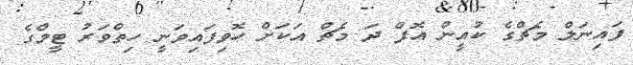
ފައިނަލް މެޗްގެ ކުއީން އޮފް ދަ މެޗް އަކަށް ހޮވިފައިވަނީ ހިތްވަރު ޓީމްގެ